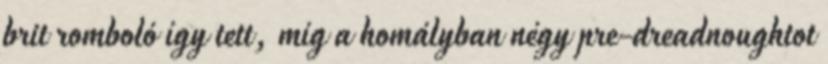
brit romboló így tett, míg a homályban négy pre-dreadnoughtot